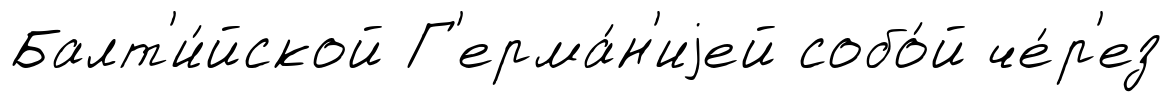
Балт'и́йской Г'ерма́н'иjей собо́й че́р'ез